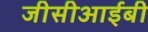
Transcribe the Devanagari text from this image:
जीसीआईबी